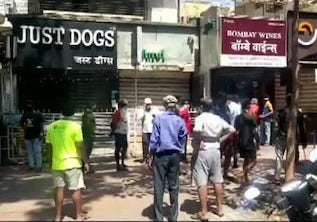
Language: marathi
Transcription: बॉम्बे वाईन्स जस्ट